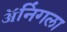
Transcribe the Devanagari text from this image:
ॲनिंगला